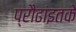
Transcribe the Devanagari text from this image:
प्रौढांइतके